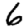
Digit: 6